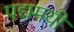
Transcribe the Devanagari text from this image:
पद्यमयी